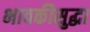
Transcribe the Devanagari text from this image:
भावकीसुद्धा